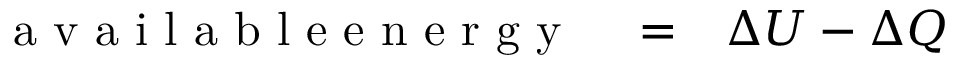
\begin{array} { r l r } { \mathrm { ~ a ~ v ~ a ~ i ~ l ~ a ~ b ~ l ~ e ~ e ~ n ~ e ~ r ~ g ~ y ~ } } & { { } = } & { \Delta U - \Delta Q } \end{array}